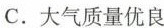
C.大气质量优良